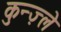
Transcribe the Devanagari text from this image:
कुन्ज़्ले